Tezpur Lunatic Asylum reports 1877-1894 - 1877-1894
Year: 1877
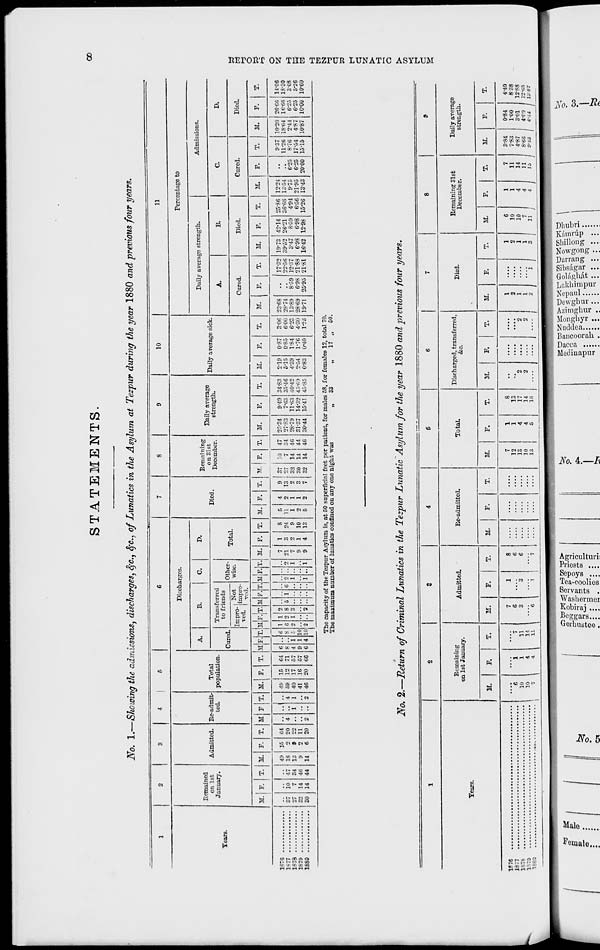
STATEMENTS.
OD
No. 1.—Showing the admissions, discharges, fyc, tyc, of Lunatics in the Asylum at Tezpur during the year 1880 and previous four years.
1
2
3
4
e
6
7
8
9
10
11
Remained
on 1st
January.
Admitted. Re-admit-
ted.
Total
population.
Discharges.
Died.
Remaining
on 31st
December.
Daily average
strength.
Daily average sick.
Percentage to
A,
B.
C.
D.
Daily average strength.
Admissions.
Tears.
Cured.
Transferred
to friends
Other-
wise.
Total.
A.
B.
C.
D.
r_._- I Not
■ssrhsr
Cured.
Died.
Cured.
Died.
M. F. T. 1 M. F. T. IMIF
i 1
T. M. F. T. MF. T. JIF. T. H P. 1 < !
T.MF.T. M. F. T. SI. F. T. It 1 F.
1
'
T.
M.
F.
T.
M.
F.
T.
M.
F.
T.
M.
F.
T.
M.
F.
T.
M.
F.
T.
JP'O •••»•••••••■••
1878
27
32
30
10
7
14
14
47
34
46
44
43
18
13
9
14
15
8
6
64
20
22
11
20
4
2
V
4
1
2
4!i
59
40
41
46
15
12
17
16
20
64
71
57
57
66
6 ..
8 ..
i 1
i 1
S 4
6
8
10
10
1
6
2
2
1
2
1
2
8
3
2
5 1 6 2
1
]
•• 2
1
1
7
21
7
•l
9
1
3
2
1
4
8
24
9
10
13
5
11
1
2
5
4
2
1
1
2
9
13
2
3
7
37
27
32
30
32
iO
7
14
14
14
47
34
46
44
46
25-34
27-83
28-79
31-37
30-44
9'49
7-63
11-63
14-32
15-41
34-83
35-46
40-42
4".-6!)
45-85
2-19
5-35
4-39
2-54
0-83
0-87
0-85
1-84
1-76
0-40
3-06
6-00
6-23
4-30
1-23
23-68
28-74
13-89
28-69
19-71
8-59
6-98
25-95
17-32
22-56
12-:i7
21-88
21-81
19-73
39-52
3-47
6-98
16-42
42-14
26-21
8-59
6-98
12-98
25-86
4-94
6-56
15-26
12-24
13*54
9-75
21-95
13-43
6-25
6-25
20-00
9-3"
11-26
8-76
17-54
1515
10-20
1S-64
2-41
4-87
10-87
26-66
16-66
6-25
6-25
10-00
14-06
1S-30
303
1S79
5*26
1880
10*60
The capacity of the Tezpur Asylum is, at 50 superficial feet per patient, for males 58, for females 12, total 70.
The maximum number of lunatics confined on any one night was
„
33
„
17 „ 60.
No. 2.—Return of Criminal Lunatics in the Tezpur Lunatic Asylum for the year 1880 and previous four years.
1
2
3
4
6
6
7
8
9
Tears.
Remaining
on 1st January.
Admitted.
Re-admitted.
Total.
Discharged, transferred,
&c.
Died.
Remaining 31st
December.
Daily average
strength.
M.
F.
T.
M.
F.
T.
M.
F.
T.
M.
F.
T.
M.
F.
T.
M.
F.
T.
11
F.
T.
M.
F.
1.
1J76
"h
10
10
1
1
4
4
7
11
14
11
7
6
3
-6
1
"*3
...
8
6
6
....
....
7
12
13
10
18
1
1
4
4
5
8
13
17
14
18
'2
2
....
"*2
2
.... (
1
2
1
1
2 1 i
1
2
1
1
3 1
6
10
10
1
1
7
11
3-84
7-83
4-87
S-6'6
0-84
1-00
3-01
4-C9
4-40
1877
838
1S7S
A
14
12-88
1R79
A
11
12-65
VBBt
,...
.„
11
1
4 I " 1 013 j 444 1 13-87
O
&
»-5
O
H
K
8
ESI
>?
a
w
t-»
d
>
O
►
t-»
a
*+*
——
K
I f
o
:
a w w -2 gp H g 3 S >
S-23 2*S < ? o S 2.
^gpoSgoocoC
S- 2 <—'• 1 e* O
>—■
- : : 8 . co : : 2.